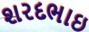
શરદભાઇ